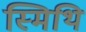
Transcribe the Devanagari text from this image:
स्मिथि